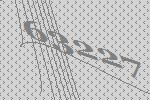
63227